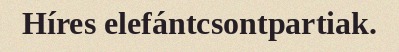
Híres elefántcsontpartiak.